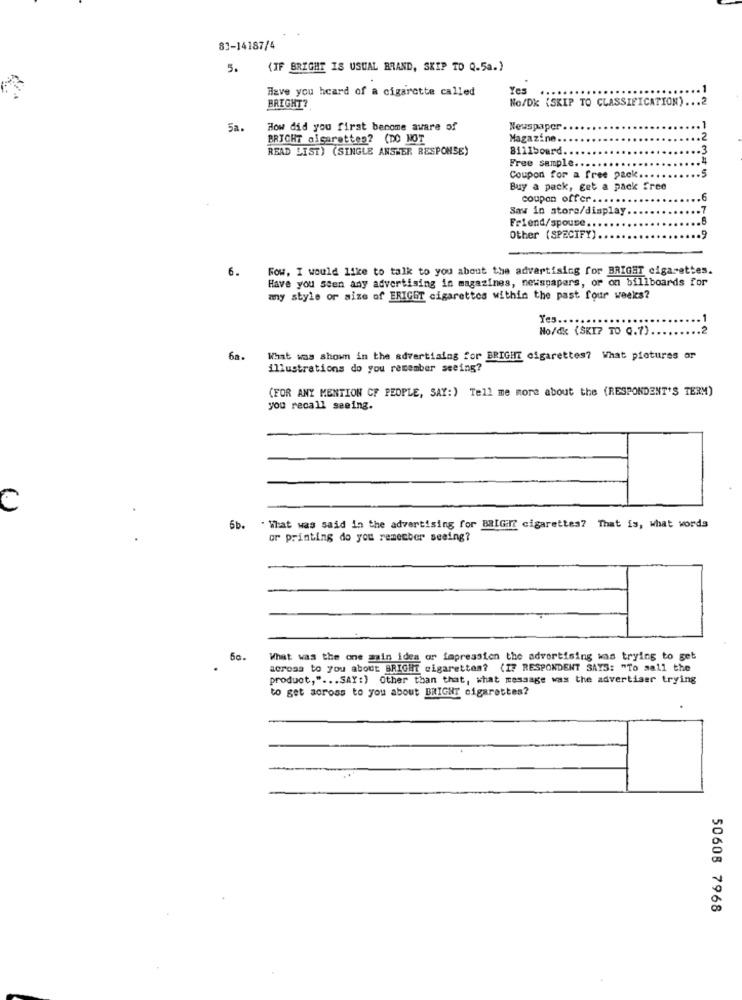
83-14187/4
5. (IF BRIGHT IS USUAL BRAND, SKIP TO Q.5a.)
Have you heard of a cigarette called
Yes
1
No/DK (SKIP TO CLASSIFICATION) ... 2
BRIGHT?
5a.
How did you first become aware of
Newspaper
BRICHT algarettes? (DO NOT
Magazine.
READ LIST) (SINGLE ANSWER RESPONSE)
811Iboard.
Free sample ..
Coupon for a free pack ..
12345
Buy a pack, get a pack free
coupon offer ..
Saw in store/display ..
Friend/spouse ..
Other (SPECIFY)
.9
6.
Fow, I would like to talk to you about the advertising for BRIGHT cigarettes.
Have you seen any advertising in magazines, newspapers, or on billboards for
any style or size of ERIGOT cigarettes within the past four weeks?
Yes ...
No/dk (SKI? TO G.7) ..
6a.
What was shown in the advertising for BRIGHT cigarettes? What piotures or
illustrations do you remember seeing?
(FOR ANY MENTION CF PEOPLE, SAY:) Tell me more about the (RESPONDENT'S TERM)
you recall seeing.
C
5b.
" What was said in the advertising for BRIG:If cigarettes? That is, what words
or printing do you remember seeing?
5c.
What was the one main idea or impression the advertising was trying to get
across to you about BRIGHT cigarettes? (IF RESPONDENT SAYS: "To sall the
product," ... SAY:) Other than that, what message was the advertiser trying
to get across to you about BRIGHT cigarettes?
.
50608 7968